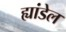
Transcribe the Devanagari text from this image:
ह्यांडेल